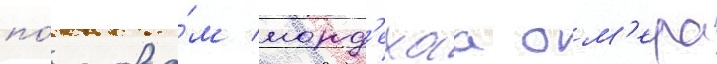
по́ слова́м морд'ехаа ом'ера